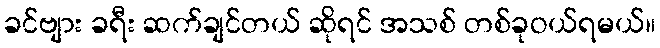
ခင်ဗျား ခရီး ဆက်ချင်တယ် ဆိုရင် အသစ် တစ်ခုဝယ်ရမယ်။